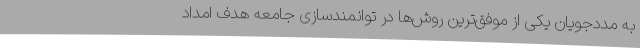
به مددجویان یکی از موفق‌ترین روش‌ها در توانمندسازی جامعه هدف امداد